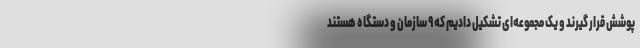
پوشش قرار گیرند و یک مجموعه‌ای تشکیل دادیم که ۹ سازمان و دستگاه هستند